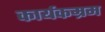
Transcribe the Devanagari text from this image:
कार्यकम्रम